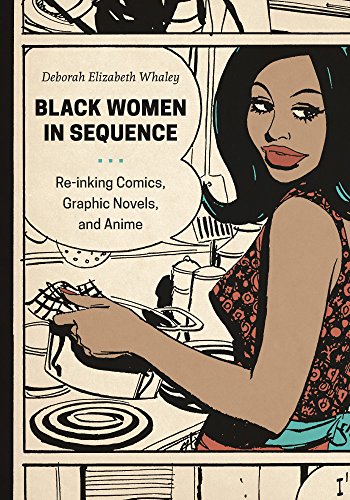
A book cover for Black Women in Sequence: Re-inking Comics, Graphic Novels, and Anime; Deborah Elizabeth Whaley; Crafts, Hobbies & Home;